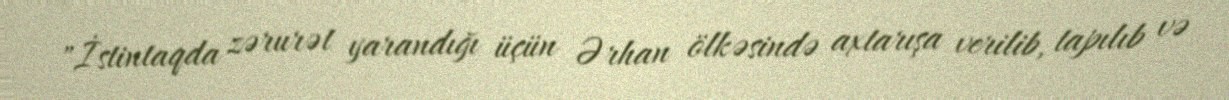
"İstintaqda zərurət yarandığı üçün Ərhan ölkəsində axtarışa verilib, tapılıb və